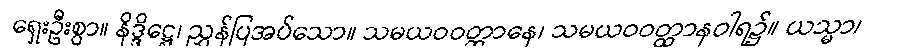
ရှေးဦးစွာ။ နိဒ္ဒိဋ္ဌေ၊ ညွှန်ပြအပ်သော။ သမယဝဝတ္ထာနေ၊ သမယဝဝတ္ထာနဝါရ၌။ ယသ္မာ၊